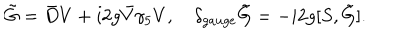
\tilde { G } = \bar { D } V + i 2 g \bar { V } \gamma _ { 5 } V , \quad \delta _ { g a u g e } \tilde { G } = - i 2 g [ S , \tilde { G } ] .